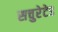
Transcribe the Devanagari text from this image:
सचुरेटेड